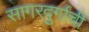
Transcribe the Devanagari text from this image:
सागरदुर्गांची